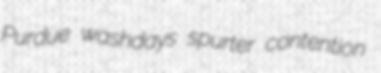
Purdue washdays spurter contention